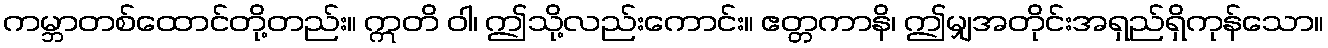
ကမ္ဘာတစ်ထောင်တို့တည်း။ ဣတိ ဝါ၊ ဤသို့လည်းကောင်း။ ဧတ္တကာနိ၊ ဤမျှအတိုင်းအရှည်ရှိကုန်သော။